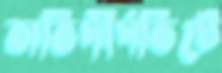
অতিদীর্ঘভিটে